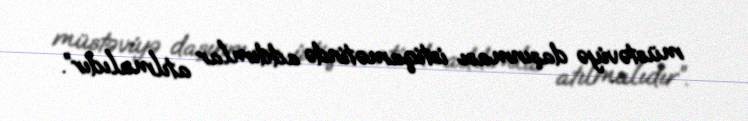
müstəviyə daşınması istiqamətində addımlar atılmalıdır”.